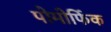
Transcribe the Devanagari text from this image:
पोमोर्फिक